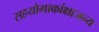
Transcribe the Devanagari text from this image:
सहयोगाकांक्षाजन्य